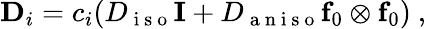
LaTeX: \begin{array}{r}{\textbf{D}_{i}=c_{i}(D_{\mathrm{~i~s~o~}}\textbf{I}+D_{\mathrm{~a~n~i~s~o~}}\textbf{f}_{0}\otimes\textbf{f}_{0})\mathrm{~,~}}\end{array}